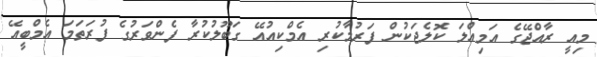
މިއީ ރާއްޖޭގެ އަމިއްލަ ކޮލެޖަކުން ފަރުމާކުރި އެމްކިއުއޭ ގަބޫލުކުރާ ފެންވަރުގެ ފުރަތަމަ އެމްބީއޭ